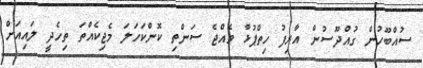
ސުއްބޫހުން ގުއްދޫސުން އާރިފު ހިތްޕުޅާ ވެއްޖެ ސަންތި ކޮންކަހަލަ މެޖިކެއްތަ ތިހެދީ ލައިއަށް